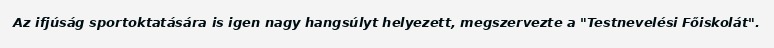
Az ifjúság sportoktatására is igen nagy hangsúlyt helyezett, megszervezte a "Testnevelési Főiskolát".